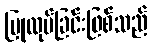
ပြုလုပ်ခြင်းဖြစ်သည်